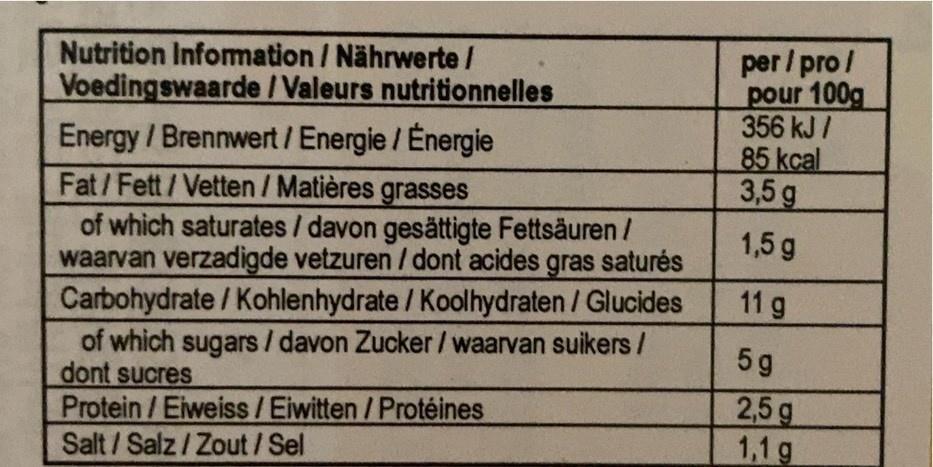
per / pro / pour 100g 356 kJ / 85 kcal 3,5 g
Nutrition Infomation / Nährwerte/ Voedingswaarde /Valeurs nutritionnelles Energy /Brennwert /Energie /Energie Fat/Fett/Vetten / Matières grasses of which saturates / davon gesättigte Fettsäuren / waarvan verzadigde vetzuren / dont acides gras saturés Carbohydrate/Kohlenhydrate / Koolhydraten / Glucides of which sugars / davon Zucker /waarvan suikers/ dont sucres Protein /Eiweiss /Eiwitten/Protéines Salt/Salz/ Zout/Sel
1,5 g
11 g
5g
2,5 g 1,1 g